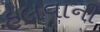
હલવાની